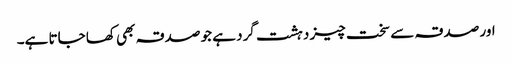
اور صدقہ سے سخت چیز دہشت گرد ہے جو صدقہ بھی کھا جاتا ہے۔